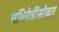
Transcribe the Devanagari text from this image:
अभिनेत्रींसोबत